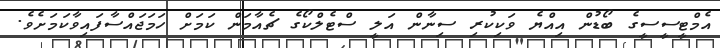
އެމްޓީސީސީގެ ބޯޑުން އިއްޔެ ވަކިކުރި ސިނާން އަލީ ސްޓެލްކޯގެ ޗެއާމަން ކަމަށް ހަމަޖައްސާފައިވާކަމަށެވެ.